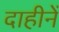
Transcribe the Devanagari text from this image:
दाहीनें